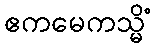
ဧကမေကသ္မိံ